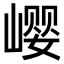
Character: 𪩎